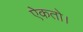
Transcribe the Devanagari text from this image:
ऐकतो।